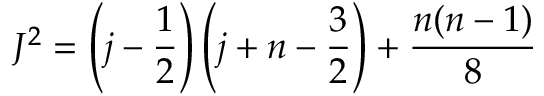
J ^ { 2 } = \left( j - \frac { 1 } { 2 } \right) \left( j + n - \frac { 3 } { 2 } \right) + \frac { n ( n - 1 ) } { 8 }